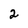
Character: 2